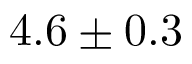
4 . 6 \pm 0 . 3